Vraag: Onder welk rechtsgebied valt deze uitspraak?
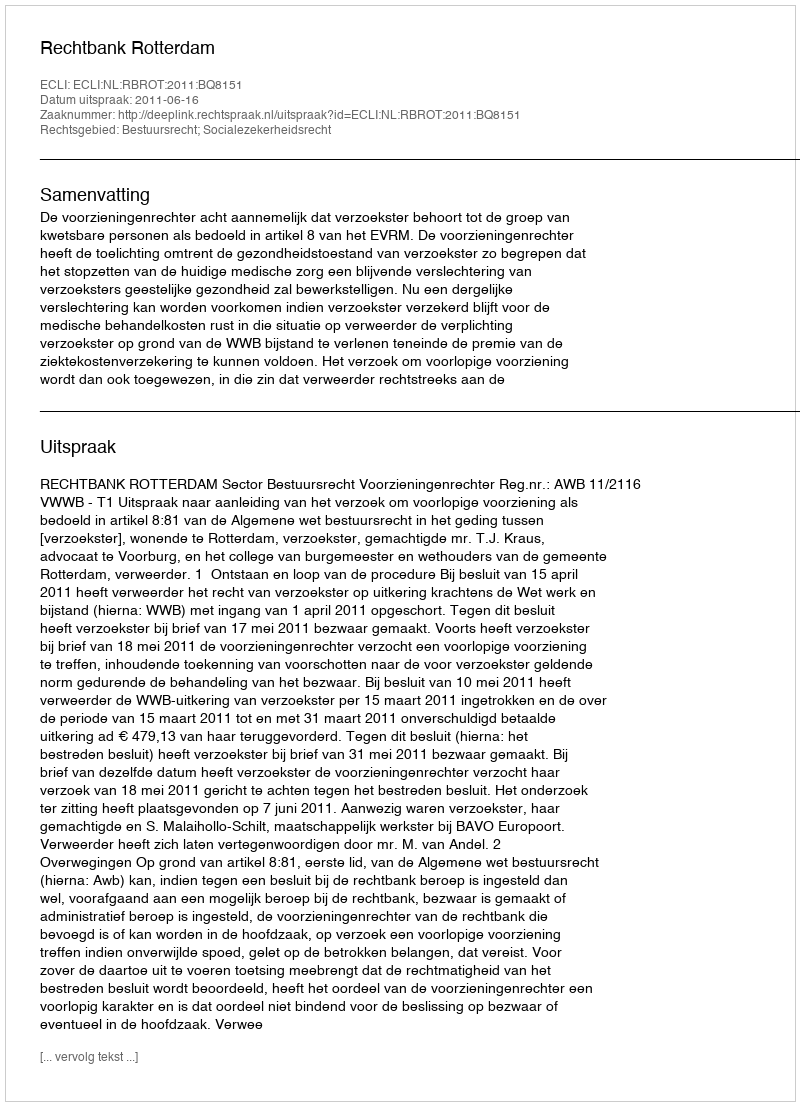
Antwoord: Bestuursrecht; Socialezekerheidsrecht